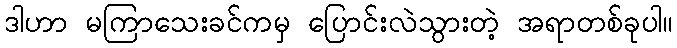
ဒါဟာ မကြာသေးခင်ကမှ ပြောင်းလဲသွားတဲ့ အရာတစ်ခုပါ။